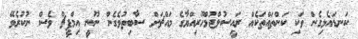
ކަނޑައެޅިގެން ވަކި ކަންތައްތަކެއް ރައީސުލްޖުމްހޫރިއްޔާގެ މައްޗަށް ސާބިތުވެގެން ނޫނީ އިމްޕީޗް ވެސް ނުކުރެވޭ